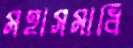
মহাসমাধি